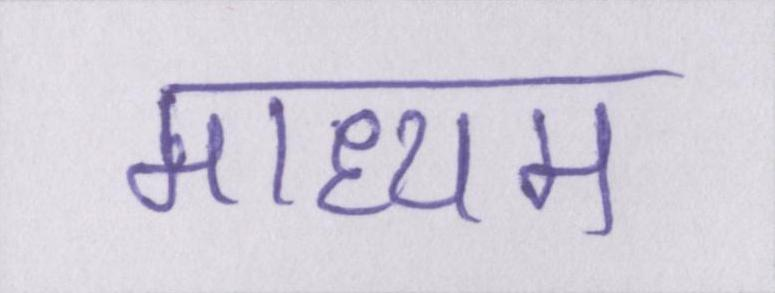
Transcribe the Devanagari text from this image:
माध्यम